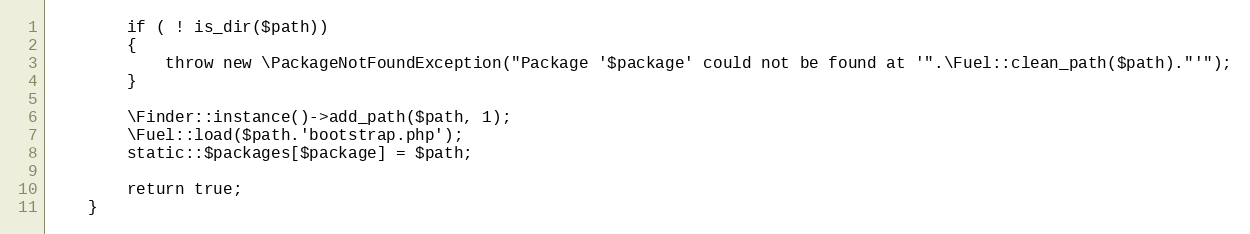
Language: PHP
		if ( ! is_dir($path))
		{
			throw new \PackageNotFoundException("Package '$package' could not be found at '".\Fuel::clean_path($path)."'");
		}

		\Finder::instance()->add_path($path, 1);
		\Fuel::load($path.'bootstrap.php');
		static::$packages[$package] = $path;

		return true;
	}